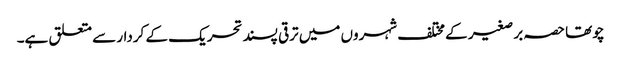
چوتھا حصہ بر صغیر کے مختلف شہروں میں ترقی پسند تحریک کے کردار سے متعلق ہے۔